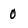
Character: 0